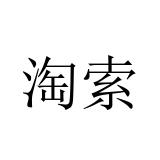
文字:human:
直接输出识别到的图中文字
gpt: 淘索